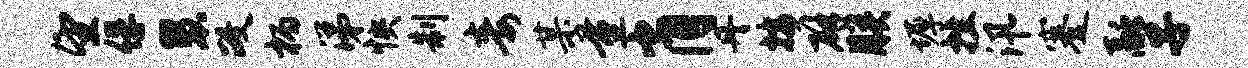
望俘慧政柄涕怏制毒某量肖丹按辟朕墀挫汛蹇融子